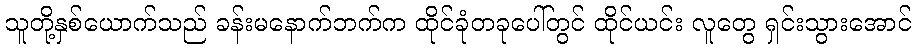
သူတို့နှစ်ယောက်သည် ခန်းမနောက်ဘက်က ထိုင်ခုံတခုပေါ်တွင် ထိုင်ယင်း လူတွေ ရှင်းသွားအောင်